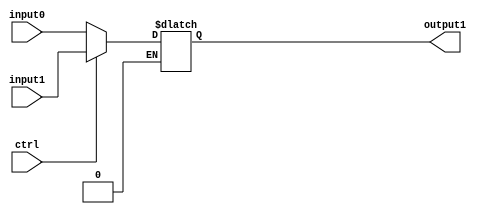
//////////////////////////////////////////////////////////////////////////////////
// Course: Cooper Union ECE151A Spring 2016
// Professor: Professor Marano
// Module Name: 
// Description: 
//////////////////////////////////////////////////////////////////////////////////

`timescale 1ns / 1ns

module mux2_1_ctrl1_out1(output1, input0, input1, ctrl);

//-------------Input Ports-----------------------------
input wire ctrl;		
input wire[1:0] input0;	//input at 0
input wire[1:0] input1;	//unput at 1

//-------------Output Ports----------------------------

output reg [1:0] output1; 	

//------------------Instructions-----------------------
always @*
	begin
		if (ctrl == 0)
			output1 = input0;
		if (ctrl == 1)
			output1 = input1;
	end
endmodule